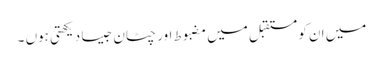
میں ان کو مستقبل میں مضبوط اور چٹان جیسا دیکھتی ہوں ۔